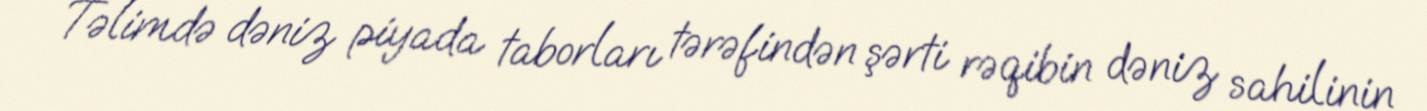
Təlimdə dəniz piyada taborları tərəfindən şərti rəqibin dəniz sahilinin